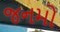
જનમો